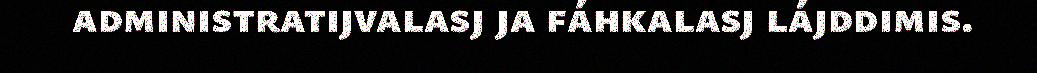
administratijvalasj ja fáhkalasj lájddimis.